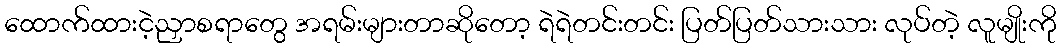
ထောက်ထားငဲ့ညှာစရာတွေ အရမ်းများတာဆိုတော့ ရဲရဲတင်းတင်း ပြတ်ပြတ်သားသား လုပ်တဲ့ လူမျိုးကို